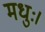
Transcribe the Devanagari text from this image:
मधुः।